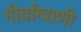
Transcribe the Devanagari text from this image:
गीर्वाग्वाणी